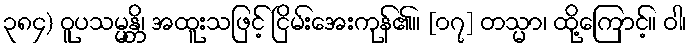
၃၈၄) ဝူပသမ္မန္တိ၊ အထူးသဖြင့် ငြိမ်းအေးကုန်၏။ [၀၇] တသ္မာ၊ ထို့ကြောင့်။ ဝါ၊